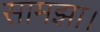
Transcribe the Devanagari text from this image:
सामझा।